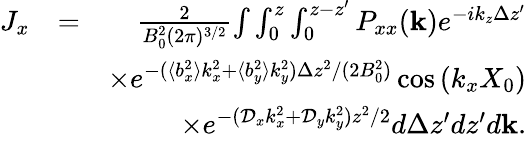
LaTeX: \begin{array}{rlr}{J_{x}}&{=}&{\frac{2}{B_{0}^{2}(2\pi)^{3/2}}{\int}\int_{0}^{z}\int_{0}^{z-z^{\prime}}P_{xx}(\mathbf{k})e^{-ik_{z}\Delta z^{\prime}}}\\ &{}&{\times e^{-(\langle b_{x}^{2}\rangle k_{x}^{2}+\langle b_{y}^{2}\rangle k_{y}^{2})\Delta z^{2}/(2B_{0}^{2})}\cos\left(k_{x}X_{0}\right)}\\ &{}&{\times e^{-(\mathcal{D}_{x}k_{x}^{2}+\mathcal{D}_{y}k_{y}^{2})z^{2}/2}d\Delta z^{\prime}dz^{\prime}d\mathbf{k}.}\end{array}